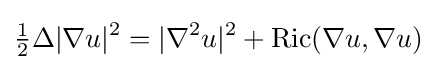
{\tfrac {1}{2}}\Delta |\nabla u|^{2}=|\nabla ^{2}u|^{2}+{\mbox{Ric}}(\nabla u,\nabla u)